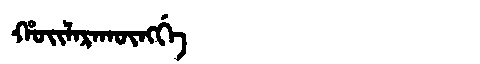
Manchu: ᡥᠣᡳᠯᠠᡵᠠᡴᡡᠩᡤᡝ
Romanization: HOILARAKŪNGGE